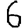
Digit: 6